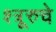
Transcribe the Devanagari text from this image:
श्त्रूरुचे